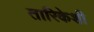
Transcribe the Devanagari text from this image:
तारिकेशी